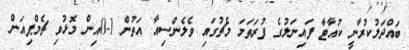
ބައްދަލުކުރާނީ ކުއާޓާ ފައިނަލުގެ ފުރަތަމަ މެޗުގައި ވެލެންސިއާ އަތުން 1-0އިން މޮޅުވި ޗެމްޕިއަން